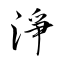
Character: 淨